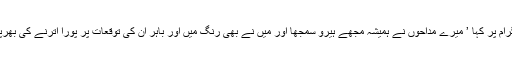
انہوں نے انسٹاگرام پر کہا ’ میرے مداحوں نے ہمیشہ مجھے ہیرو سمجھا اور میں نے بھی رنگ میں اور باہر ان کی توقعات پر پورا اترنے کی بھرپور کوشش کی‘۔